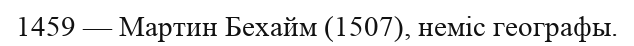
1459 — Мартин Бехайм (1507), неміс географы.